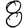
Digit: 8